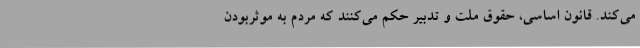
می‌کند. قانون اساسی، حقوق ملت و تدبیر حکم می‌کنند که مردم به موثربودن